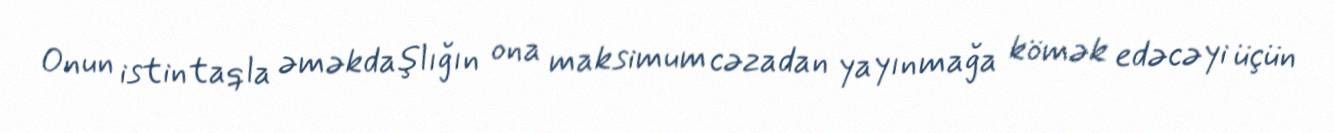
Onun istintaqla əməkdaşlığın ona maksimum cəzadan yayınmağa kömək edəcəyi üçün